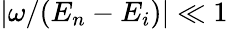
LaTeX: |\omega/(E_{n}-E_{i})|\ll 1